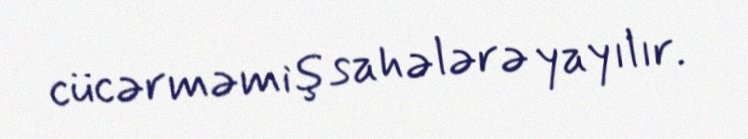
cücərməmiş sahələrə yayılır.